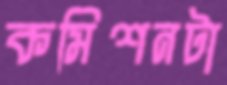
কমিশনটা